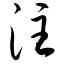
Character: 注